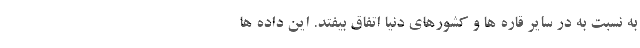
به نسبت به در سایر قاره ها و کشورهای دنیا اتفاق بیفتد. این داده ها